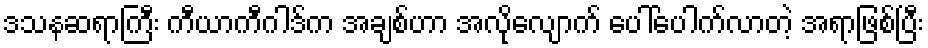
ဒသနဆရာကြီး ကီယာကီဂါဒ်က အချစ်ဟာ အလိုလျောက် ပေါ်ပေါက်လာတဲ့ အရာဖြစ်ပြီး